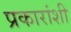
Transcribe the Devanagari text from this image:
प्रकारांशी